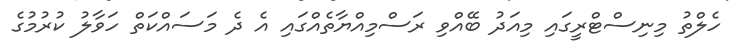
ހެލްތު މިނިސްޓްރީގައި މިއަދު ބޭއްވި ރަސްމިއްޔާތެއްގައި އެ ދެ މަސައްކަތް ހަވާލު ކުރުމުގެ